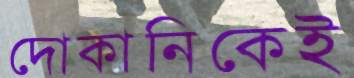
দোকানিকেই